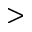
>